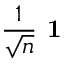
\frac { 1 } { \sqrt { n } } \textbf { 1 }